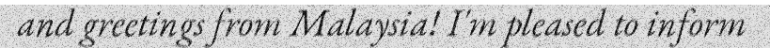
and greetings from Malaysia! I'm pleased to inform